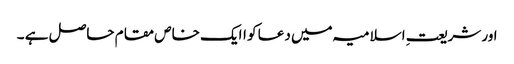
اور شریعتِ اسلامیہ میں دعا کو اایک خاص مقام حاصل ہے ۔